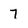
Character: 7